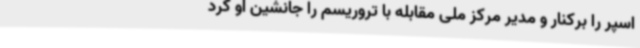
اسپر را برکنار و مدیر مرکز ملی مقابله با تروریسم را جانشین او کرد